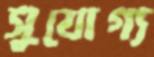
সুযোগ্য